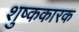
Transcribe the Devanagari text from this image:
शुष्ककारक